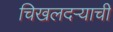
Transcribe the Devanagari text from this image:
चिखलदर्‍याची